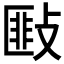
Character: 𢾻